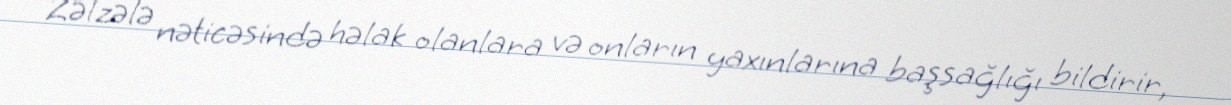
Zəlzələ nəticəsində həlak olanlara və onların yaxınlarına başsağlığı bildirir,